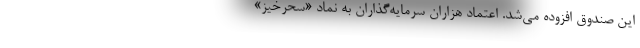
این صندوق افزوده می‌شد. اعتماد هزاران سرمایه‌گذاران به نماد «سحرخیز»